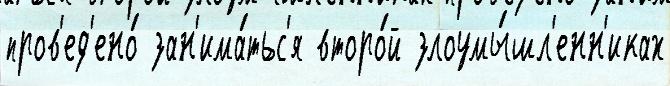
пров'ед'ено́ зан'има́тьс'я второ́й злоумы́шл'енн'иках